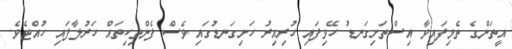
އީތަންގެ ތެމިފައިވާ އިސްތަށިގަނޑު ހޭވިފައި ހުރިއިރު ހަށިގަނޑުގައި ވެސް ފެންތިކިތައް ހަރުލާފައި ހުއްޓެވެ.